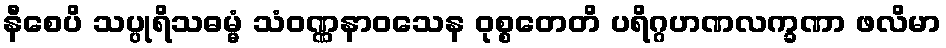
နီစေပိ သပ္ပုရိသဓမ္မံ သံဝဏ္ဏနာဝသေန ဝုစ္စတေတိ ပရိဂ္ဂဟဏလက္ခဏာ ဖလိမာ